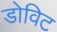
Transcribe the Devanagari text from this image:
डोविट